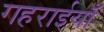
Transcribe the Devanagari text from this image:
गहराईयाँ